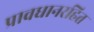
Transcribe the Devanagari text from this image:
प्रावधानरहित